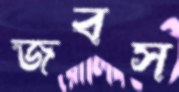
জবস